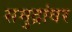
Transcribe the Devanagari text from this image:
समुद्रांवर